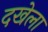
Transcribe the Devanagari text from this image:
दखेला